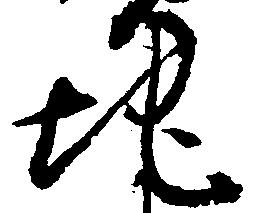
地